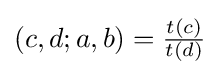
(c,d;a,b)={\tfrac {t(c)}{t(d)}}